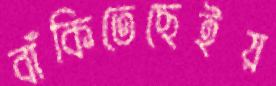
বাঁকিতেছেইয়